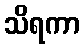
သိရကာ